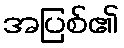
အပြစ်၏